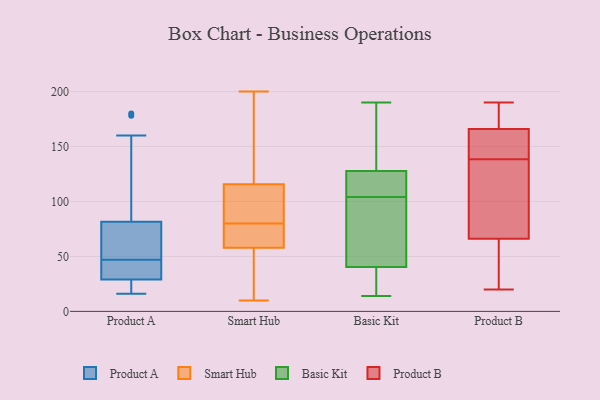
{"axis": {"x": "Shipments", "y": "Value"}, "legend": ["Basic Kit", "Product A", "Product B", "Smart Hub"], "data": [{"x": "", "y": 29, "type": "Product A"}, {"x": "", "y": 47, "type": "Product A"}, {"x": "", "y": 25, "type": "Product A"}, {"x": "", "y": 74, "type": "Product A"}, {"x": "", "y": 178, "type": "Product A"}, {"x": "", "y": 50, "type": "Product A"}, {"x": "", "y": 43, "type": "Product A"}, {"x": "", "y": 84, "type": "Product A"}, {"x": "", "y": 160, "type": "Product A"}, {"x": "", "y": 31, "type": "Product A"}, {"x": "", "y": 16, "type": "Product A"}, {"x": "", "y": 180, "type": "Product A"}, {"x": "", "y": 54, "type": "Product A"}, {"x": "", "y": 28, "type": "Product A"}, {"x": "", "y": 29, "type": "Product A"}, {"x": "", "y": 157, "type": "Smart Hub"}, {"x": "", "y": 200, "type": "Smart Hub"}, {"x": "", "y": 64, "type": "Smart Hub"}, {"x": "", "y": 148, "type": "Smart Hub"}, {"x": "", "y": 105, "type": "Smart Hub"}, {"x": "", "y": 55, "type": "Smart Hub"}, {"x": "", "y": 92, "type": "Smart Hub"}, {"x": "", "y": 72, "type": "Smart Hub"}, {"x": "", "y": 25, "type": "Smart Hub"}, {"x": "", "y": 107, "type": "Smart Hub"}, {"x": "", "y": 61, "type": "Smart Hub"}, {"x": "", "y": 80, "type": "Smart Hub"}, {"x": "", "y": 25, "type": "Smart Hub"}, {"x": "", "y": 59, "type": "Smart Hub"}, {"x": "", "y": 92, "type": "Smart Hub"}, {"x": "", "y": 142, "type": "Smart Hub"}, {"x": "", "y": 10, "type": "Smart Hub"}, {"x": "", "y": 36, "type": "Basic Kit"}, {"x": "", "y": 117, "type": "Basic Kit"}, {"x": "", "y": 190, "type": "Basic Kit"}, {"x": "", "y": 130, "type": "Basic Kit"}, {"x": "", "y": 55, "type": "Basic Kit"}, {"x": "", "y": 66, "type": "Basic Kit"}, {"x": "", "y": 14, "type": "Basic Kit"}, {"x": "", "y": 127, "type": "Basic Kit"}, {"x": "", "y": 113, "type": "Basic Kit"}, {"x": "", "y": 104, "type": "Basic Kit"}, {"x": "", "y": 157, "type": "Basic Kit"}, {"x": "", "y": 85, "type": "Basic Kit"}, {"x": "", "y": 22, "type": "Basic Kit"}, {"x": "", "y": 20, "type": "Basic Kit"}, {"x": "", "y": 42, "type": "Basic Kit"}, {"x": "", "y": 127, "type": "Basic Kit"}, {"x": "", "y": 154, "type": "Basic Kit"}, {"x": "", "y": 166, "type": "Product B"}, {"x": "", "y": 170, "type": "Product B"}, {"x": "", "y": 66, "type": "Product B"}, {"x": "", "y": 190, "type": "Product B"}, {"x": "", "y": 138, "type": "Product B"}, {"x": "", "y": 118, "type": "Product B"}, {"x": "", "y": 126, "type": "Product B"}, {"x": "", "y": 27, "type": "Product B"}, {"x": "", "y": 71, "type": "Product B"}, {"x": "", "y": 179, "type": "Product B"}, {"x": "", "y": 47, "type": "Product B"}, {"x": "", "y": 141, "type": "Product B"}, {"x": "", "y": 139, "type": "Product B"}, {"x": "", "y": 20, "type": "Product B"}, {"x": "", "y": 158, "type": "Product B"}, {"x": "", "y": 182, "type": "Product B"}, {"x": "", "y": 66, "type": "Product B"}, {"x": "", "y": 155, "type": "Product B"}]}